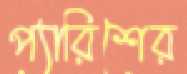
প্যারিশের